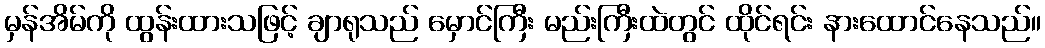
မှန်အိမ်ကို ထွန်းထားသဖြင့် ချာရုသည် မှောင်ကြီး မည်းကြီးထဲတွင် ထိုင်ရင်း နားထောင်နေသည်။